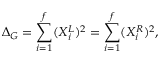
\Delta _ { G } = \sum _ { i = 1 } ^ { f } ( X _ { i } ^ { L } ) ^ { 2 } = \sum _ { i = 1 } ^ { f } ( X _ { i } ^ { R } ) ^ { 2 } ,